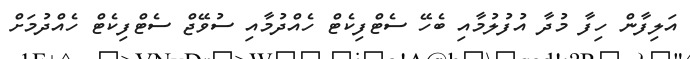
އަލިފާން ހިފާ މުދާ އުފުލުމާއި ބެހޭ ސެޓްފިކެޓް ހެއްދުމާއި ސުވޭޖް ސެޓްފިކެޓް ހެއްދުމަށް